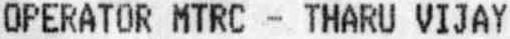
OPERATOR MTRC - THARU VIJAY